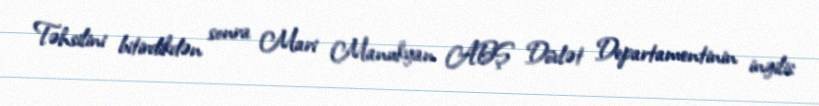
Təhsilini bitirdikdən sonra Mari Manukyan ABŞ Dövlət Departamentinin ingilis